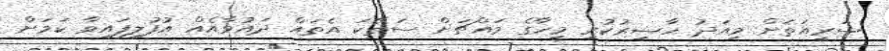
ޝަރީއަތަށް މިއަދު ހާޟިރުކުރި މީހާގެ މައްޗަށް ސަތޭކަ އެތައް ދައުވާއެއް އުފުލިފައިވާ ކަމަށް